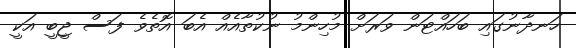
ހަނދާނުގައި ބަހައްޓަން ވަރަށް މުހިންމު ނުކުތާއެއް އެބަ އޮތެވެ ފަސް ޖީބީ އަކީ